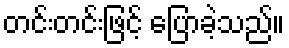
တင်းတင်းဖြင့် ပြောခဲ့သည်။